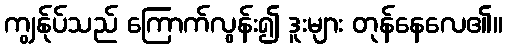
ကျွန်ုပ်သည် ကြောက်လွန်း၍ ဒူးများ တုန်နေလေ၏။